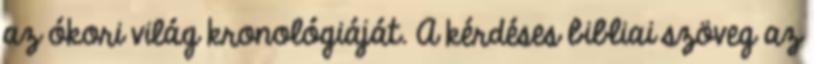
az ókori világ kronológiáját. A kérdéses bibliai szöveg az